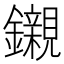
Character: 𨯦